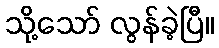
သို့သော် လွန်ခဲ့ပြီ။